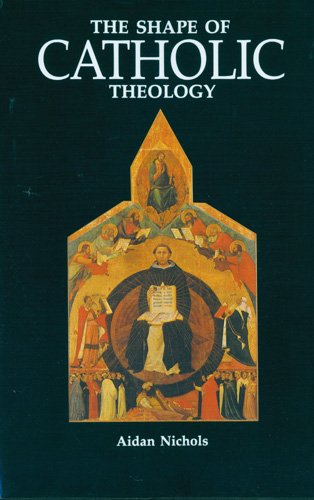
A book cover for The Shape of Catholic Theology: An Introduction to Its Sources, Principles, and History; Aidan Nichols OP; Christian Books & Bibles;